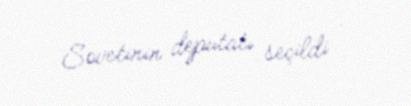
Sovetinin deputatı seçildi .